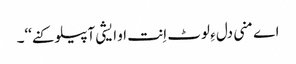
اے منی دل ءِ لوٹ اِنت او ایشی آپیلو کنے‘‘۔